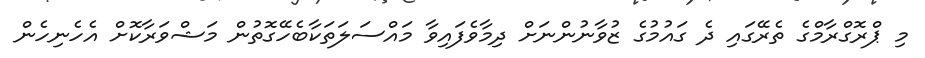
މި ޕްރޮގްރާމްގެ ތެރޭގައި ދެ ގައުމުގެ ޒުވާނުންނަށް ދިމާވެފައިވާ މައްސަލަތަކާބެހޭގޮތުން މަޝްވަރާކޮށް އެހެނިހެން